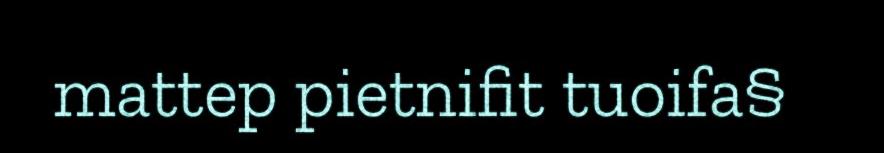
mattep pietnifit tuoifa§